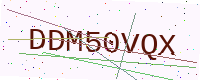
Text: DDM50VQX